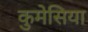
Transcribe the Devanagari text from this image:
कुमेसिया